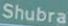
Shubra